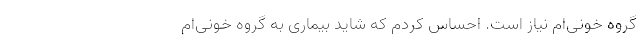
گروه خونی‌ام نیاز است. احساس کردم که شاید بیماری به گروه خونی‌ام